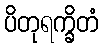
ပိတုရက္ခိတံ